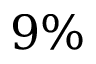
9 \%